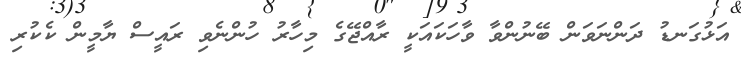
އަޅުގަނޑު ދަންނަވަން ބޭނުންވާ ވާހަކައަކީ ރާއްޖޭގެ މިހާރު ހުންނެވި ރައީސް ޔާމީން ކެކުރި